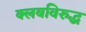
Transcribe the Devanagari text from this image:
क्लबविरुद्ध